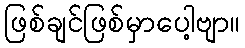
ဖြစ်ချင်ဖြစ်မှာပေါ့ဗျာ။